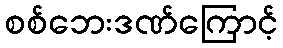
စစ်ဘေးဒဏ်ကြောင့်